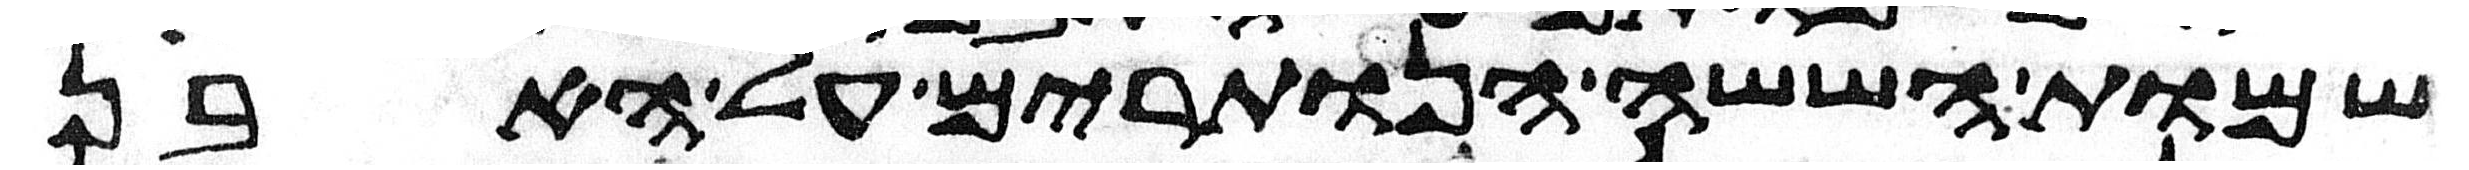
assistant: שמות הששה הנותרים על האבן